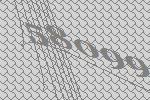
58099